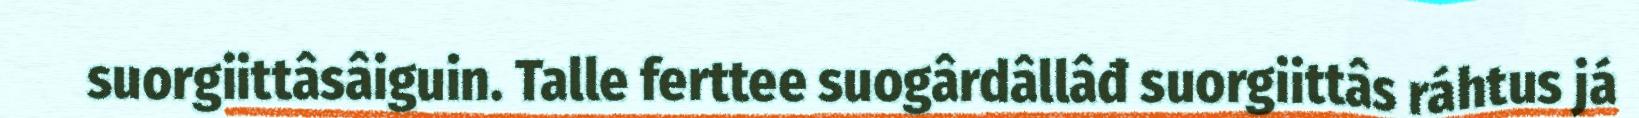
suorgiittâsâiguin. Talle ferttee suogârdâllâđ suorgiittâs ráhtus já